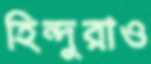
হিন্দুরাও